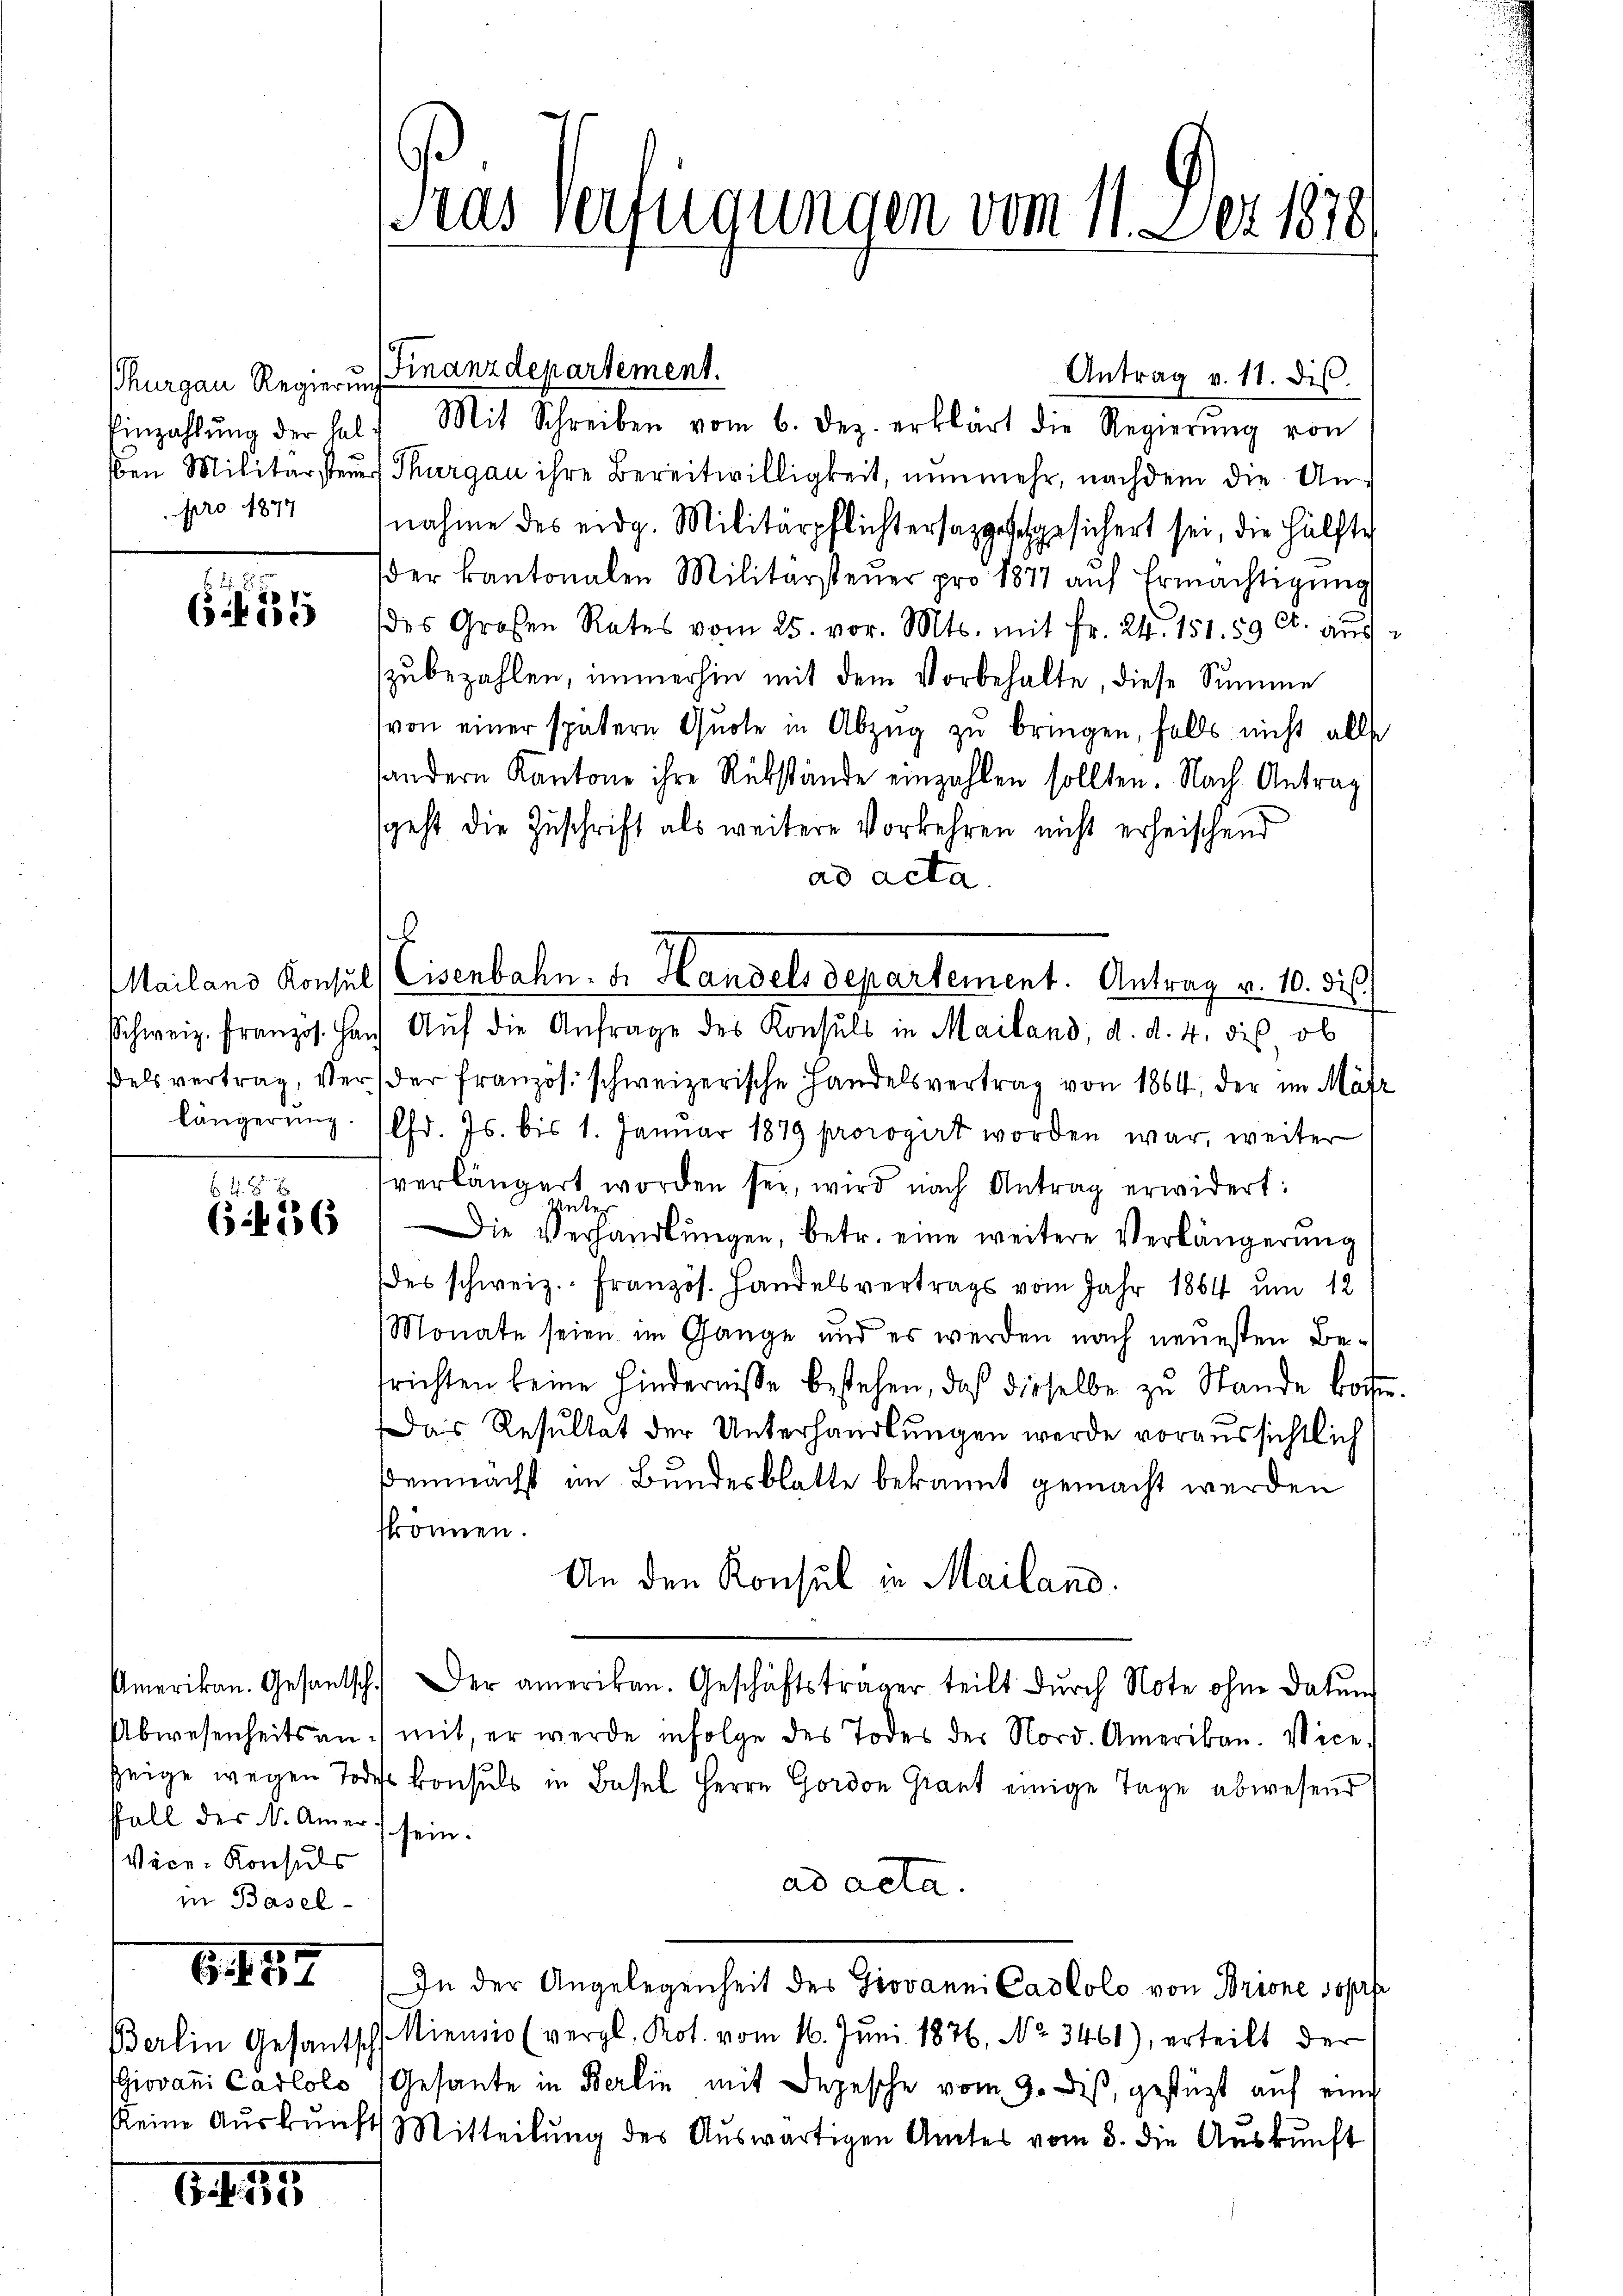
Thurgau Regierung
Einzahlung der halben Militärsteu
pro 1877

6

Mailand Konsul
Schweiz. Französ. Ha
ßels vertrag, Ver
längerung.

648
(126

ffall des N. Amer sein.
Vice-Konsuls
in Basel-

6. f. 57

Giovani Cadlolo
keine Auskunft

G. f. 195

Tras Verfügungen vom 11. Dez. 1878

b

Mit Schreiben vom 6. Dez. erklärt die Regierŭng von
 Thurgau ihre Bereitwilligkeit, nunmehr, nachdem die Unnahme des eidg. Militärpflichtersappschgesichert sei, die Hälfte
der Kantonalen Militärsteŭer pro 1877 aŭf Ermächtigŭng
(des Großen Rates vom 25. vor. Mts. mit Fr. 24. 151. 59 Ct. aus
zŭbezahlen, immerhin mit dem Vorbehalte, diese Summe
(von einer spätern Quote in Abzŭg zŭ bringen, falls nicht alle
andern Kantone ihre Rükstände einzahlen sollten. Nach Antrag
sgeht die Zuschrift als weitere Vorkehren nicht erheischend
ad acta.
Aŭf die Anfrage des Konsuls in Mailand, d. d. 4. des, ob
der französ. schweizerische Handelsvertrag von 1864, der im Mäfz
Chd. Js. bis 1. Januar 1879 prorogirt worden war, weiter
verlängert worden sei, wird nach Antrag erwidert:
Inter
Die Verhandlungen, betr. eine weitere Verlängerung
des schweiz. Französ. Handelsvertrags vom Jahr 1884 um 12
Monate seien im Gange und es werden nach neuesten Be-
frichten keine Hindernisse bestehen, daß dieselbe zŭ Stande botten.
Das Resultat der Unterhandlungen werde voraussichtlich
demnächst im Bundesblatte bekannt gemacht werden
skönnen.
An den Konsul in Mailand.
Amerikan. Gesantsch. Der amerikan. Geschäftsträger teilt dŭrch Note ohne Datum
Abwesenheits an mit er werde infolge des Todes der Nord. Amerikan. Vice-
zeige wegen Todess konsuls in Basel Herrn Gordon Graut einige Tage abwesend
ad acta.
In der Angelegenheit des Giovanni Cartolo von Brione sopra
Berlin Gesantsch-Niennio (vergl. Kot. vom 16. Juni 1876, No 3461), erteilt der
Gesante in Berlin mit Depesche vom 9. diß, gestüzt auf eine
4 Mitteilung des Auswärtigen Amtes vom 3. die Aŭskŭnft

Finanzdepartement.

Antrag v. 11. dis.

Cisenbahn. Dr. Handels departement. Antrag v. 10. ds.